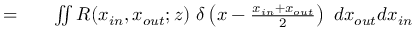
\begin{array} { r l r } { = } & { { } } & { \iint { R ( x _ { i n } , x _ { o u t } ; z ) ~ \delta \left( x - \frac { x _ { i n } + x _ { o u t } } { 2 } \right) ~ d x _ { o u t } d x _ { i n } } } \end{array}